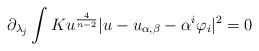
LaTeX: \begin{align*}\partial_{\lambda_{j}}\int Ku^{\frac{4}{n-2}} \vert u-u_{\alpha, \beta} -\alpha^{i}\varphi_{i}\vert^{2}=0\end{align*}